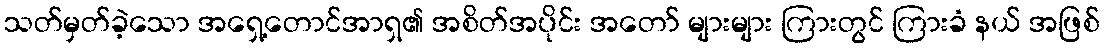
သတ်မှတ်ခဲ့သော အရှေ့တောင်အာရှ၏ အစိတ်အပိုင်း အတော် များများ ကြားတွင် ကြားခံ နယ် အဖြစ်